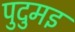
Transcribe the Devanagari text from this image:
पुदुमइ